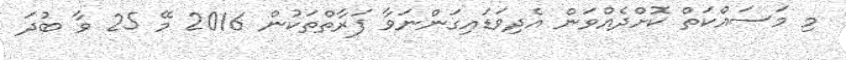
މި މަސައްކަތް ކޮށްދެއްވަން އެދިވަޑައިގަންނަވާ ފަރާތްތަކުން 2016 މޭ 25 ވާ ބުދަ